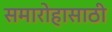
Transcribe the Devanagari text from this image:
समारोहासाठी